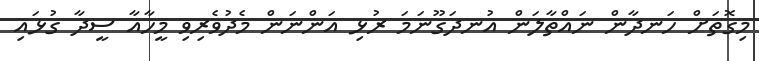
މިގޮތަށް ހަނދާން ނައްތާލަން އުނދަގޫނަމަ ރުޅި އަންނަން މެދުވެރިވި މީހާއާ ސީދާ ގުޅައި